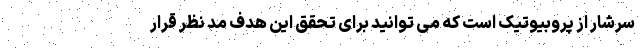
سرشار از پروبیوتیک است که می توانید برای تحقق این هدف مد نظر قرار